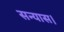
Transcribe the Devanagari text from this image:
सन्यास।